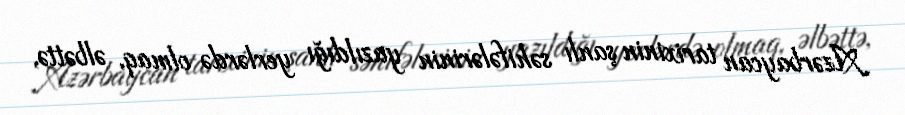
Azərbaycan tarixinin şanlı səhifələrinin yazıldığı yerlərdə olmaq, əlbəttə,